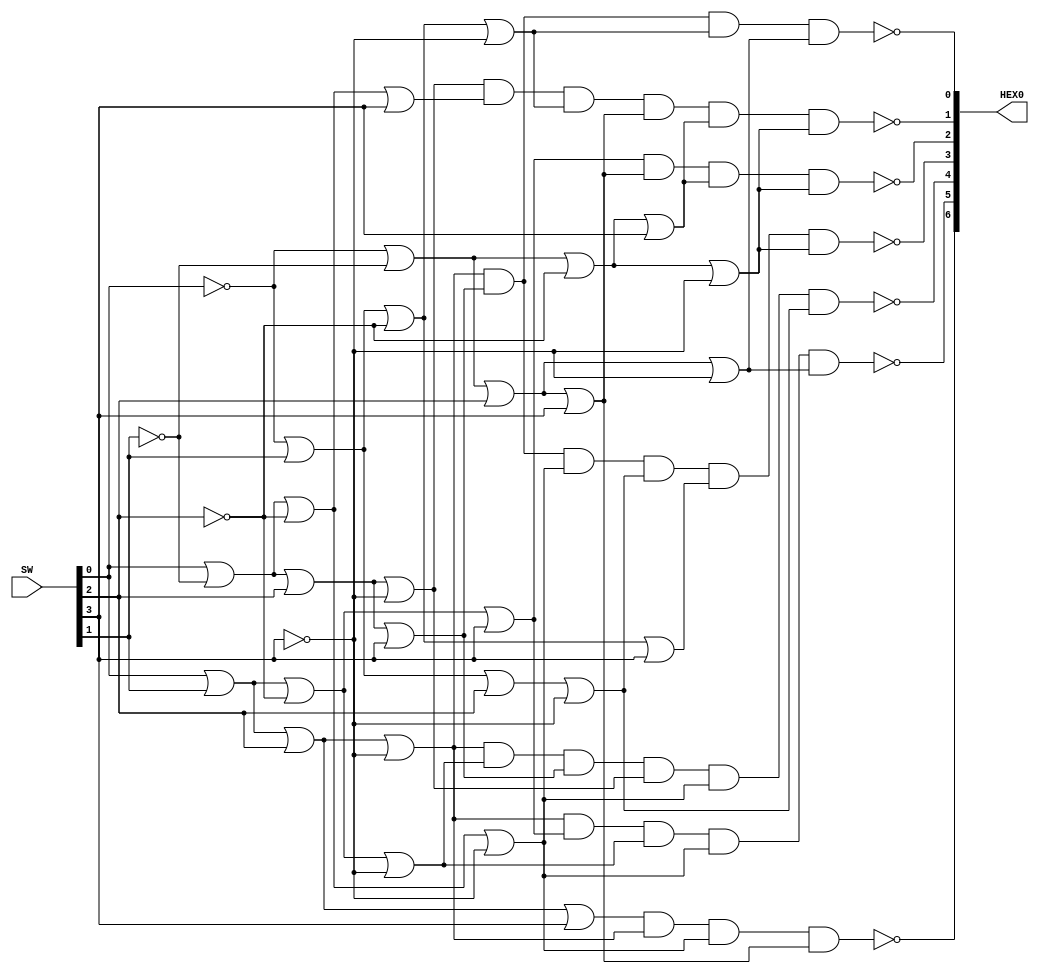
`timescale 1ns / 1ns // `timescale time_unit/time_precision

//SW[2:0] data inputs
//SW[9] select signals

//LEDR[0] output display

module L2P3(HEX0, SW);
    input [9:0] SW;
    output [6:0] HEX0;
	 wire x = SW[0], y = SW[1], z = SW[2], w = SW[3];
	 //assign each segment with appropriate formula
	 assign HEX0[0] = ~((x|y|z|~w)&(x|~y|z|w)&(~x|y|~z|~w)&(~x|~y|z|~w));
	 assign HEX0[1] = ~((x|~y|z|~w)&(x|~y|~z|w)&(~x|y|~z|~w)&(~x|~y|z|w)&(~x|~y|~z|w)&(~x|~y|~z|~w));
	 assign HEX0[2] = ~((x|y|~z|w)&(~x|~y|z|w)&(~x|~y|~z|w)&(~x|~y|~z|~w));
	 assign HEX0[3] = ~((x|y|z|~w)&(x|~y|z|w)&(x|~y|~z|~w)&(~x|y|z|~w)&(~x|y|~z|w)&(~x|~y|~z|~w));
	 assign HEX0[4] = ~((x|y|z|~w)&(x|y|~z|~w)&(x|~y|z|w)&(x|~y|z|~w)&(x|~y|~z|~w)&(~x|y|z|~w));
	 assign HEX0[5] = ~((x|y|z|~w)&(x|y|~z|w)&(x|y|~z|~w)&(x|~y|~z|~w)&(~x|~y|z|~w));
	 assign HEX0[6] = ~((x|y|z|w)&(x|y|z|~w)&(x|~y|~z|~w)&(~x|~y|z|w));
endmodule